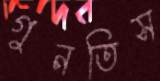
গুনতিস